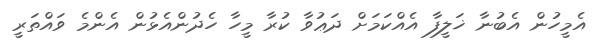
އެމީހުން އެބުނާ ޚަލީފާ އެއްކަމަށް ދަޢުވާ ކުރާ މީހާ ހެދުންއެޅުން އެންމެ ވައްތަރީ